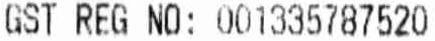
GST REG NO: 001335787520